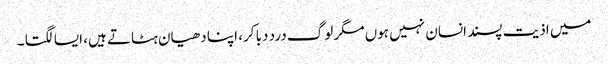
میں اذیت پسند انسان نہیں ہوں مگر لوگ درد دبا کر، اپنا دھیان ہٹاتے ہیں، ایسا لگتا ۔